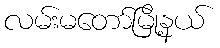
လမ်းမတော်မြို့နယ်